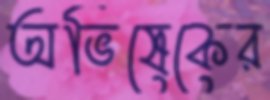
অভিষেকের